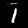
Digit: 1